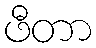
ဖီတာ